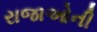
રાજાઓની